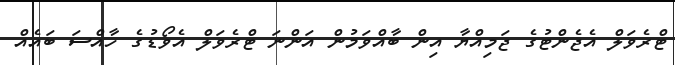
ޓްރެވަލް އެޖެންޓުގެ ޖަމިއްޔާ އިން ބާއްވަމުން އަންނަ ޓްރެވަލް އެވޯޑުގެ ހާއްސަ ބައެއް